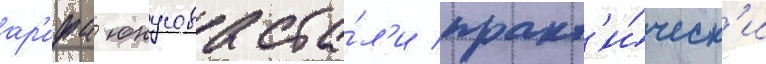
ар'ифа юнусова ста́л'и практ'и́ческ'и